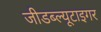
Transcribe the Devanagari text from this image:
जीडब्ल्यूटाइगर